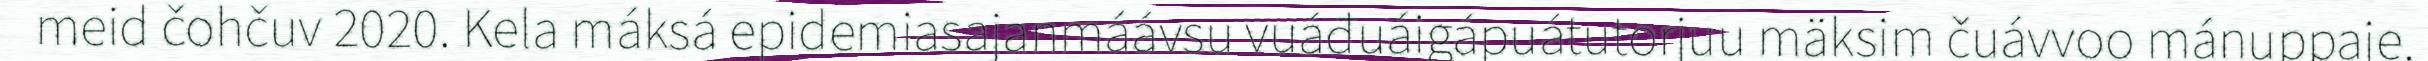
meid čohčuv 2020. Kela máksá epidemiasajanmáávsu vuáđuáigápuátutorjuu mäksim čuávvoo mánuppaje.